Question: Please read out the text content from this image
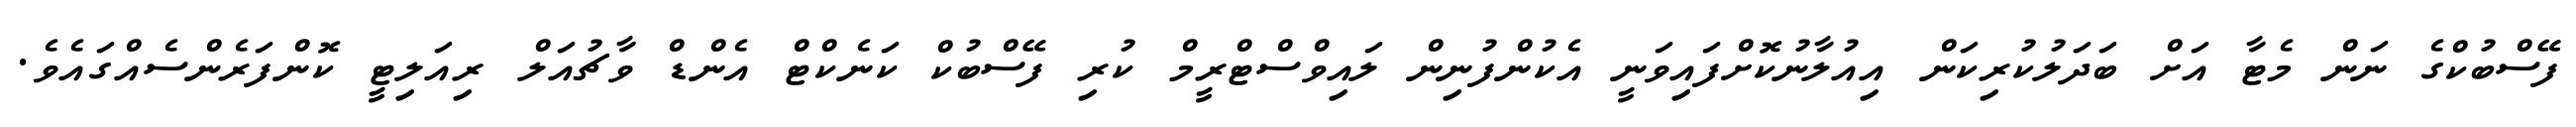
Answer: ފޭސްބުކްގެ ނަން މެޓާ އަށް ބަދަލުކުރިކަން އިއުލާނުކޮށްފައިވަނީ އެކުންފުނިން ލައިވްސްޓްރީމް ކުރި ފޭސްބުކް ކަނެކްޓް އެންޑް ވާޗުއަލް ރިއަލިޓީ ކޮންފަރެންސެއްގައެވެ.